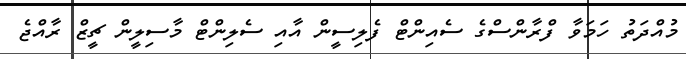
މުއްދަތު ހަމަވާ ފްރާންސްގެ ސެއިންޓް ފެލިސީން އާއި ސެލިންޓް މާސިލީން ޗީޒް ރާއްޖެ